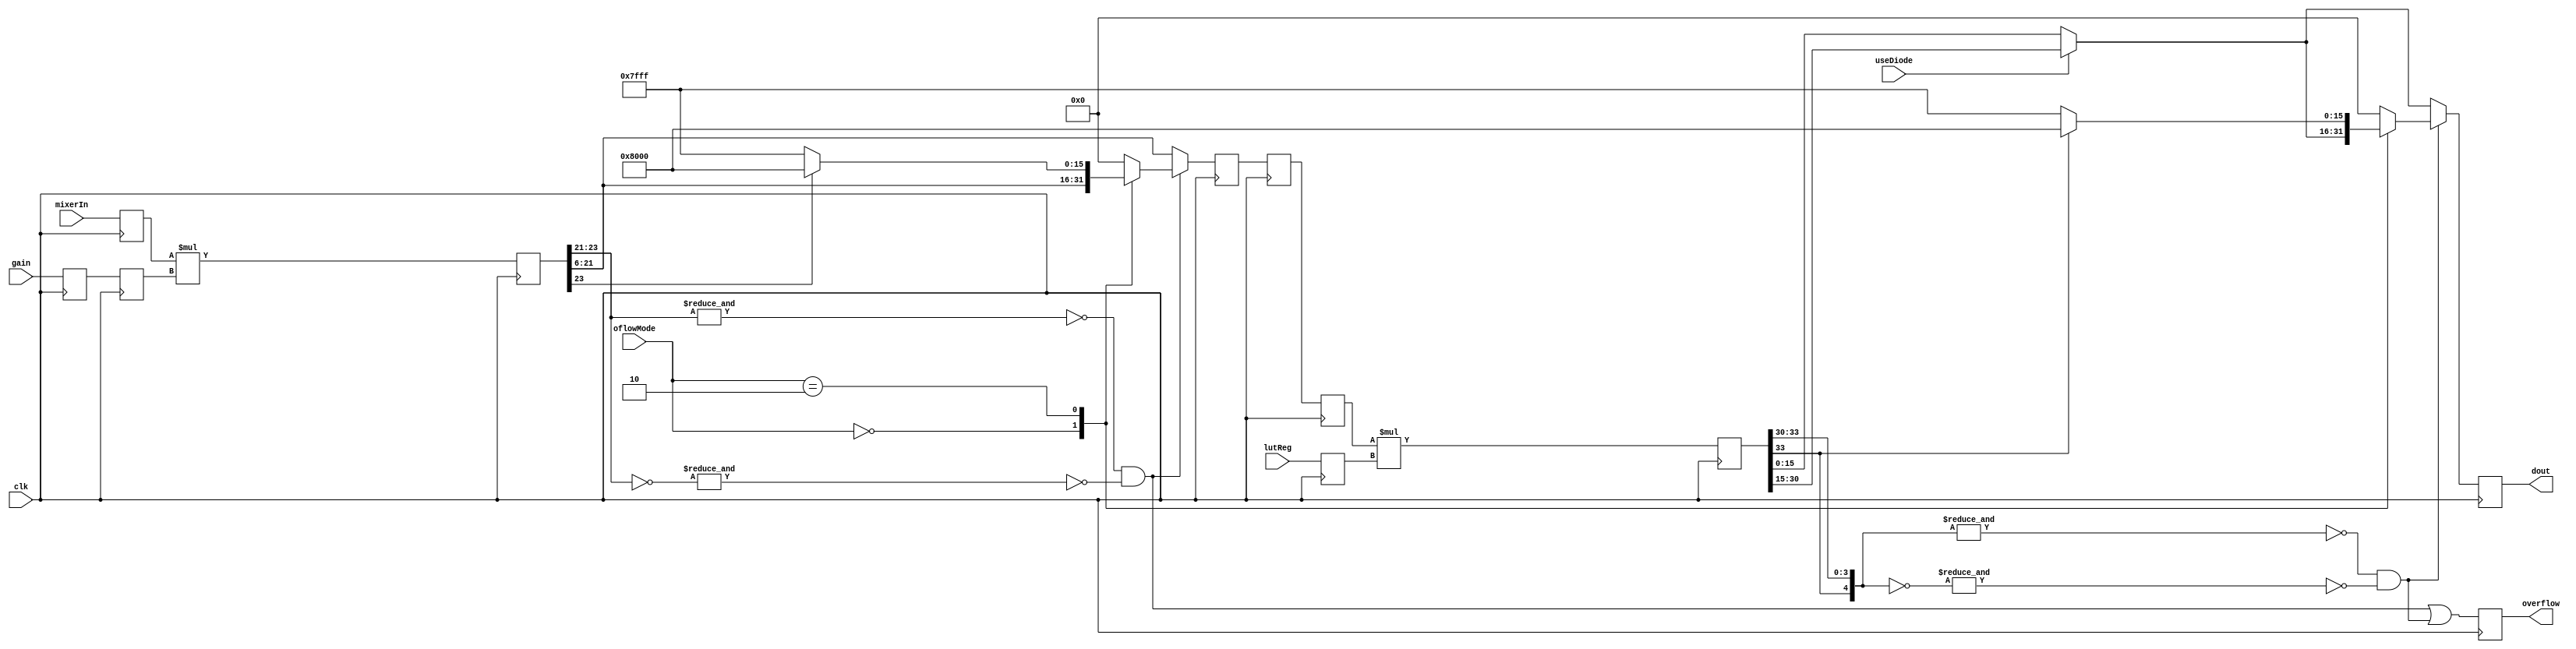
module normMult(
    input clk,
	 input useDiode,
	 input [1:0] oflowMode,
	 input signed [17:0] lutReg,
    input signed [15:0] mixerIn,
    //input signed [6:0] gain,
    input signed [13:0] gain,
    output reg signed [15:0] dout = 16'sd0,
    output reg overflow = 1'b0
    );

parameter GAIN_SCALE = 1; //sets the scale factor for the gain; e.g. 128 ADC cnts maps to 2048 at DAC for GAIN_SCALE = -4 //
parameter GAIN_OFFSET = 5; // maps ADC counts to DAC counts for the mid-range of the gain (i.e. 2^5 for 7-bit gain) // 7-bit gain //
parameter GAIN_MSB = 23;
parameter DIODE_SCALE = 4; // set to compensate the scale factor when using diode normalisation (eg. if diode =1000, sqrt(diode)~32, factor = 5 - 2 bits already included in LUT, -1 bit MSB)//


(* shreg_extract = "no" *) reg signed [15:0] mixerIn_reg = 16'sd0; // gainMult input register //
//(* shreg_extract = "no" *) reg signed [6:0] gain_reg = 7'sd0, gain_reg_b = 7'sd0; // 7-bit gain // gainMult input register //
(* shreg_extract = "no" *) reg signed [13:0] gain_reg = 14'sd0, gain_reg_b = 14'sd0; // 14-bit gain // gainMult input register //

//(* shreg_extract = "no" *) reg signed [13:0] gain_reg = 14'sd0; // 14-bit gain // gainMult input register //

//reg signed [GAIN_MSB:0] gainMult = 24'sd0; // GAIN_MSB+1'sd0, gainMult_a = GAIN_MSB+1'sd0, gainMult_b = GAIN_MSB+1'sd0, gainMult_c = GAIN_MSB+1'sd0; // 7-bit gain //
//reg signed [GAIN_MSB:0] gainMult = GAIN_MSB+1'sd0, gainMult_a = GAIN_MSB+1'sd0, gainMult_b = GAIN_MSB+1'sd0, gainMult_c = GAIN_MSB+1'sd0; // 7-bit gain //
reg signed [GAIN_MSB:0] gainMult = 31'sd0; // 14-bit gain //

wire gain_oflowDet = (~&gainMult[GAIN_MSB:GAIN_OFFSET+GAIN_SCALE+15] && ~&(~gainMult[GAIN_MSB:GAIN_OFFSET+GAIN_SCALE+15]));

(* equivalent_register_removal = "no", shreg_extract = "no" *) reg signed [17:0] lutReg_b = 18'sd0;
//(* shreg_extract = "no" *) reg signed [17:0] lutReg_c = 18'sd0; // normMult input register
(* shreg_extract = "no" *) reg signed [34:0] normMult = 35'sd0;//, normMult_reg = 35'sd0;
(* keep = "yes", shreg_extract = "no" *) reg signed [15:0] multReg = 16'sd0;//, multReg_b = 16'sd0;//, multReg_c = 16'sd0;
//(* shreg_extract = "no" *) reg signed [15:0] multReg = 16'sd0;//, multReg_b = 16'sd0;//, multReg_c = 16'sd0;

(* shreg_extract = "no" *) reg signed [15:0] multReg_b = 16'sd0;
(* shreg_extract = "no" *) reg signed [15:0] multReg_c = 16'sd0;


wire norm_oflowDet = (~&normMult[34:34-DIODE_SCALE] && ~&(~normMult[34:34-DIODE_SCALE]));
//wire [15:0] multReg;

always @(posedge clk) begin
	mixerIn_reg <= mixerIn; //mult input reg
	gain_reg <= gain; //mult input reg
	gain_reg_b <= gain_reg; // to stop tools packing synchroniser into DSP48 (NB "keep" atribute should also do the trick ...)
	//overflow <= gain_oflowDet || norm_oflowDet;
	gainMult <= (mixerIn_reg * gain_reg_b);
	//gainMult_a <= gainMult;
	//gainMult_b <= gainMult_a;
	//gainMult_c <= gainMult_b;
	if (gain_oflowDet) begin
		case (oflowMode)
		2'b00: multReg <= gainMult[GAIN_OFFSET+GAIN_SCALE+15:GAIN_OFFSET+GAIN_SCALE]; // do nothing - ignore overflow //
		2'b01: multReg <= 16'sd0; // kill output //
		2'b10: multReg <= (gainMult[GAIN_MSB]) ? -16'sd32768 : 16'sd32767; // saturate output //
		default: multReg <= 16'sd0;
		endcase 
	end else multReg <= gainMult[GAIN_OFFSET+GAIN_SCALE+15:GAIN_OFFSET+GAIN_SCALE];
end


//wire oflowDet;
//gainMult #(GAIN_SCALE, GAIN_OFFSET, GAIN_MSB) gainMult(clk, oflowMode, mixerIn, gain, multReg, oflowDet);

	
always @(posedge clk) begin	
	overflow <= gain_oflowDet || norm_oflowDet;
	//lutReg_b <= (useDiode) ? lutReg : {17'sd0, |lutReg}; //mult input reg
	//lutReg_c <= lutReg_b;
	multReg_b <= multReg;
	multReg_c <= multReg_b;
	lutReg_b <= lutReg;
	//if (useDiode) normMult <= (multReg_b * lutReg_b);
	//else normMult <= (multReg_b * |lutReg_b);
	normMult <= (multReg_c * lutReg_b);
	//if (useDiode) normMult <= (multReg * lutReg);
	//else normMult <= (multReg * |lutReg);
	//normMult_reg <= normMult;
	if (norm_oflowDet) begin
		case (oflowMode)
		2'b00: dout <= (useDiode) ? normMult[34-DIODE_SCALE:34-DIODE_SCALE-15] : normMult[15:0]; // do nothing - ignore overflow //
		2'b01: dout <= 16'sd0; // kill output //
		2'b10: dout <= (normMult[34]) ? -16'sd32768 : 16'sd32767; // saturate output //
		default: dout <= 16'sd0;
		endcase 
	end else dout <= (useDiode) ? normMult[34-DIODE_SCALE:34-DIODE_SCALE-15] : normMult[15:0];
	//dout <= (useDiode) ? normMult[34-DIODE_SCALE:34-DIODE_SCALE-15] : normMult[15:0];
end

endmodule